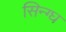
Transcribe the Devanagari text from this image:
सिन्ग्घ